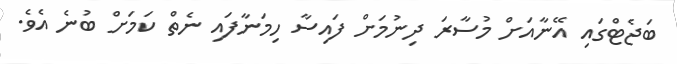
ބަޖެޓްގައި އޭނާއަށް މުސާރަ ދިނުމަށް ފައިސާ ހިމަނާފައި ނެތް ކަމަށް ބުނެ އެވެ.